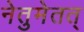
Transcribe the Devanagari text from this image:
नेतुमेतत्‌